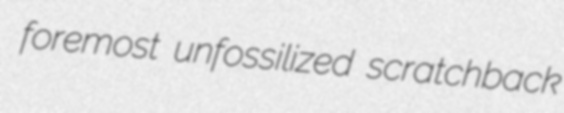
foremost unfossilized scratchback